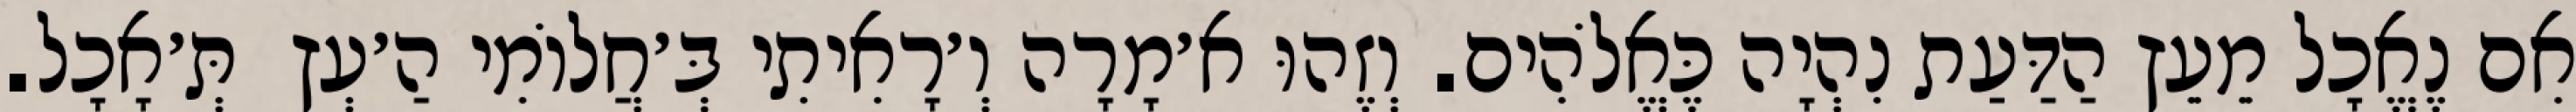
אִם נֶאֱכָל מֵעֵץ הַדַּעַת נִהְיָה כֶּאֱלֹהִים. וְזֶהוּ א׳מָרָה וְ׳רָאִיתִי בְּ׳חֲלוֹמִי הַ׳עְץ  תְּ׳אָכָל.